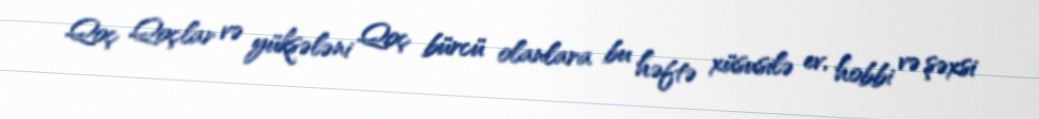
Qoç Qoçlar və yüksələni Qoç bürcü olanlara bu həftə xüsusilə ev, hobbi və şəxsi